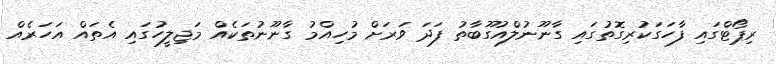
ރިޕޯޓްގައި ފާހަގަކުރިގޮތުގައި ގާނޫނުލްއުގޫބާތު ފަދަ ވަރަށް މުހިއްމު ގާނޫނުތަކެއް މަޖިލީހުގައި އެތައް އަހަރެއް